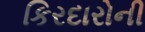
કિરદારોની